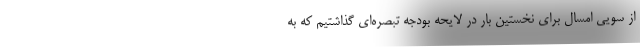
از سویی امسال برای نخستین بار در لایحه بودجه تبصره‌ای گذاشتیم که به